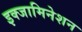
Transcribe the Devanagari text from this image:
इक्जामिनेशन